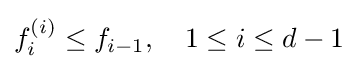
f_{i}^{(i)}\leq f_{i-1},\quad 1\leq i\leq d-1